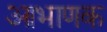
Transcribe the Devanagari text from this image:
आभाणक